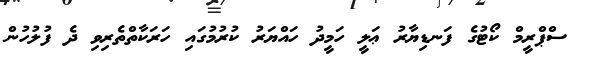
ސްޕްރީމް ކޯޓުގެ ފަނޑިޔާރު ޢަލީ ހަމީދު ހައްޔަރު ކުރުމުގައި ހަރަކާތްތެރިވި ދެ ފުލުހުން